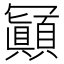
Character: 𠖩